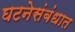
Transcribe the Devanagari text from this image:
घटनेसंबंधात